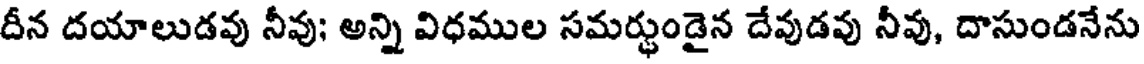
దీన దయాలుడవు నీవు; అన్ని విధముల సమర్భుండైన దేవుడవు నీవు, దాసుండనేను